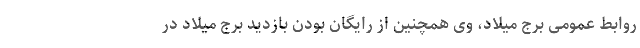
روابط عمومی برج میلاد، وی همچنین از رایگان بودن بازدید برج میلاد در